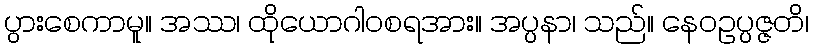
ပွားစေကာမူ။ အဿ၊ ထိုယောဂါဝစရအား။ အပ္ပနာ၊ သည်။ နေဝဥပ္ပဇ္ဇတိ၊